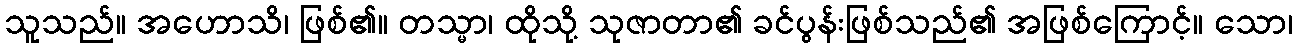
သူသည်။ အဟောသိ၊ ဖြစ်၏။ တသ္မာ၊ ထိုသို့ သုဇာတာ၏ ခင်ပွန်းဖြစ်သည်၏ အဖြစ်ကြောင့်။ သော၊